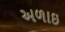
અળાઇ